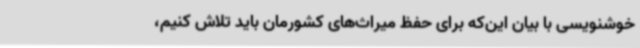
خوشنویسی با بیان این‌که برای حفظ میراث‌های کشورمان باید تلاش کنیم،